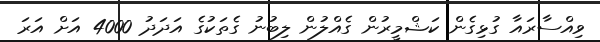
ވިއްސާރައާ ގުޅިގެން ކަޝްމީރުން ގެއްލުން ލިބުނު ގެތަކުގެ އަދަދު 4000 އަށް އަރަ